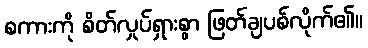
စကားကို စိတ်လှုပ်ရှားစွာ ဖြတ်ချပစ်လိုက်၏။